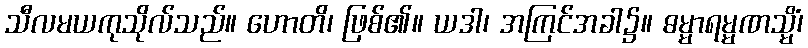
သီလမယကုသိုလ်သည်။ ဟောတိ၊ ဖြစ်၏။ ယဒါ၊ အကြင်အခါ၌။ ဓမ္မာရမ္မဏသ္မိံ၊